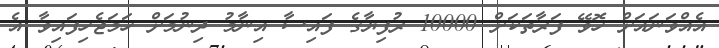
އެއްވަނައަށް ހޮވޭ ފަރާތަކަށް 10000 ރުފިޔާގެ ފައިސާ އިނާމު ދިނުމަށް ހަމަޖެހިފައިވާ އެ